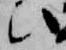
い